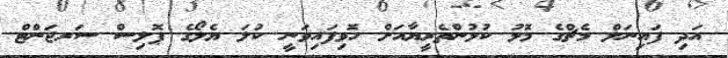
އަދި ފައިނަލް މެޗްގެ މޮޅު ކުޅުންތެރީޔާއަށް ހޮވިފައިވަނީ ކުލަ ޔެލޯގެ ޕޮލިސް ސަރޖަންޓް